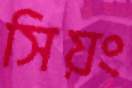
সিয়ং